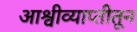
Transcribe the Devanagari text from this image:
आश्वीव्याप्तीतून